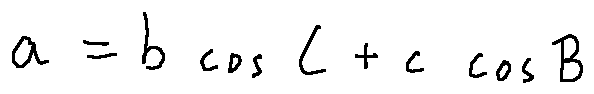
a = b \cos C + c \cos B